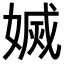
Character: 𡟬